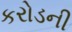
કરોડની